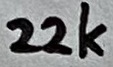
Text: 22k